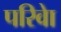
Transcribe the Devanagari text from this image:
परिवेा